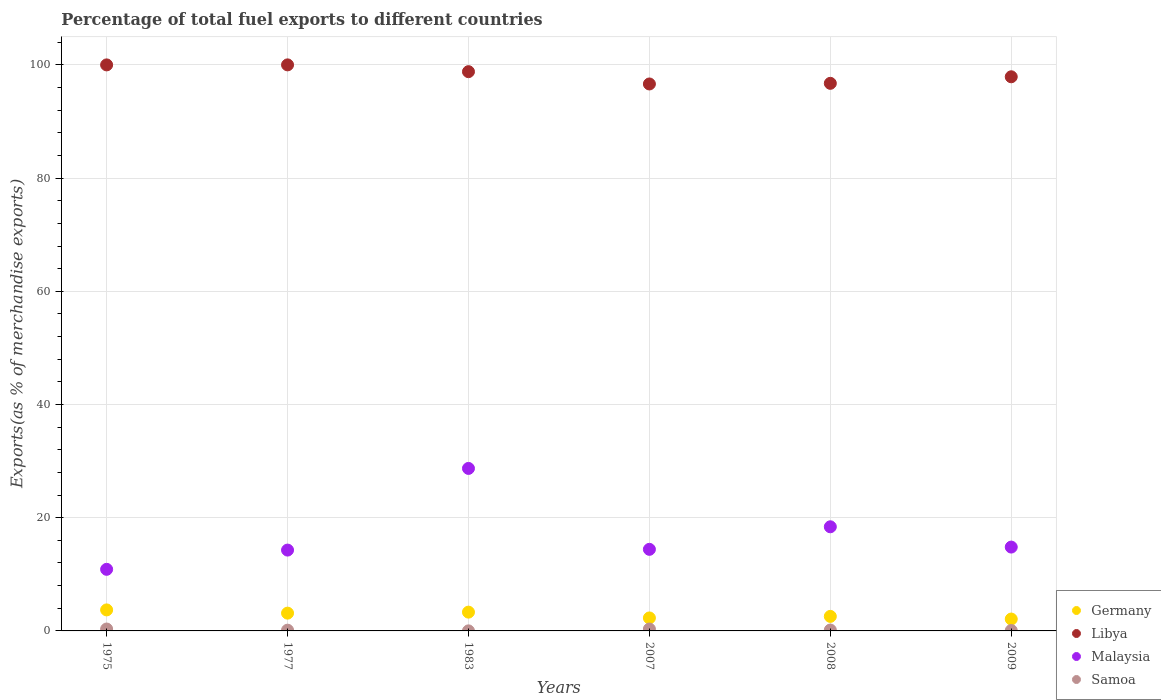
| Years | Germany | Libya | Malaysia | Samoa |
 | --- | --- | --- | --- | --- |
 | 1975 | 3.71 | 100 | 10.9 | 0.335 |
 | 1977 | 3.14 | 100 | 14.3 | 0.132 |
 | 1983 | 3.32 | 98.8 | 28.7 | 0.00892 |
 | 2007 | 2.29 | 96.6 | 14.4 | 0.333 |
 | 2008 | 2.57 | 96.7 | 18.4 | 0.16 |
 | 2009 | 2.1 | 97.9 | 14.8 | 0.071 |